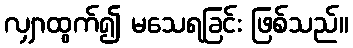
လျှာထွက်၍ မသေရခြင်း ဖြစ်သည်။